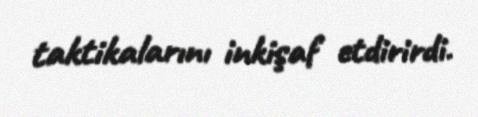
taktikalarını inkişaf etdirirdi.